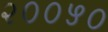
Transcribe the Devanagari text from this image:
२००५०